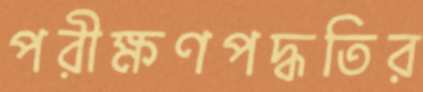
পরীক্ষণপদ্ধতির